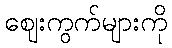
ဈေးကွက်များကို